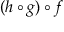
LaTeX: ( h \circ g ) \circ f